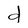
Character: d